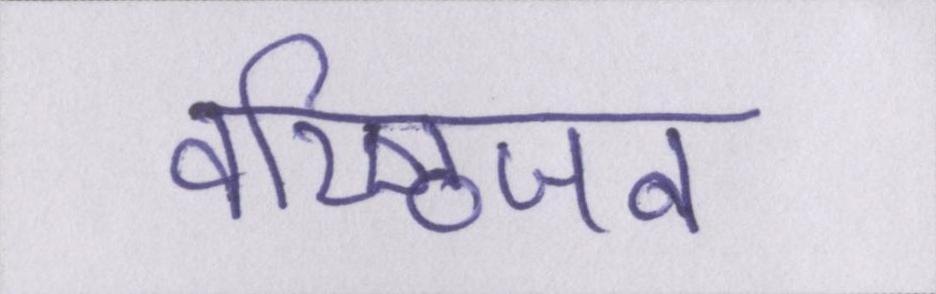
वरिष्ठजन